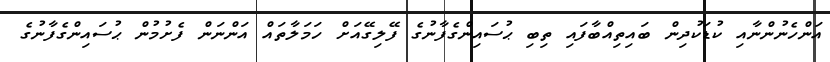
އަންހެނުންނާއި ކުޑަކުދިން ބައިތިއްބާފައި ތިބި ޙުސައިންގެފާނުގެ ފޭލިގޭއަށް ހަަމަލާތައް އަންނަން ފެށުމުން ޙުސައިންގެފާނުގެ